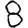
Digit: 8